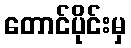
တောင်ပိုင်းမှ